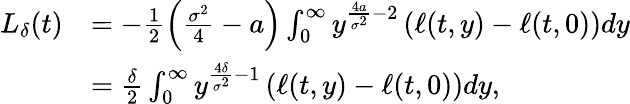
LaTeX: \begin{array}{rl}{L_{\delta}(t)}&{=-\frac{1}{2}\left(\frac{\sigma^{2}}{4}-a\right)\int_{0}^{\infty}y^{\frac{4a}{\sigma^{2}}-2}\left(\ell(t,y)-\ell(t,0)\right)dy}\\ &{=\frac{\delta}{2}\int_{0}^{\infty}y^{\frac{4\delta}{\sigma^{2}}-1}\left(\ell(t,y)-\ell(t,0)\right)dy,}\end{array}